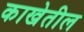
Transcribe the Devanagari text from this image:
काखेतील